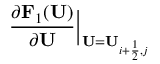
\frac { \partial \mathbf { F } _ { 1 } ( \mathbf { U } ) } { \partial \mathbf { U } } \Big | _ { \mathbf { U } = \mathbf { U } _ { i + \frac { 1 } { 2 } , j } }